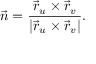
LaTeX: { \vec { n } } = { \frac { { \vec { r } } _ { u } \times { \vec { r } } _ { v } } { \left| { \vec { r } } _ { u } \times { \vec { r } } _ { v } \right| } } .